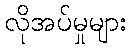
လိုအပ်မှုများ